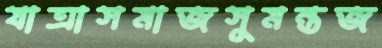
যাত্রাসমাজসুমন্তজ